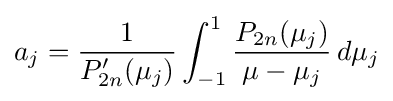
a_{j}={\frac {1}{P_{2n}'(\mu _{j})}}\int _{-1}^{1}{\frac {P_{2n}(\mu _{j})}{\mu -\mu _{j}}}\,d\mu _{j}